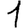
Digit: 1